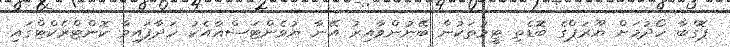
ޕޮގްބާ ހޯދުމަށް ޔޫރަޕްގެ ބޮޑެތި ޓީމުތަކުން ބޭނުންވާއިރު އޭނާ ޔުވެންޓަސްއާއެކު ހަދާފައިވާ ކޮންޓްރެކްޓްގައި